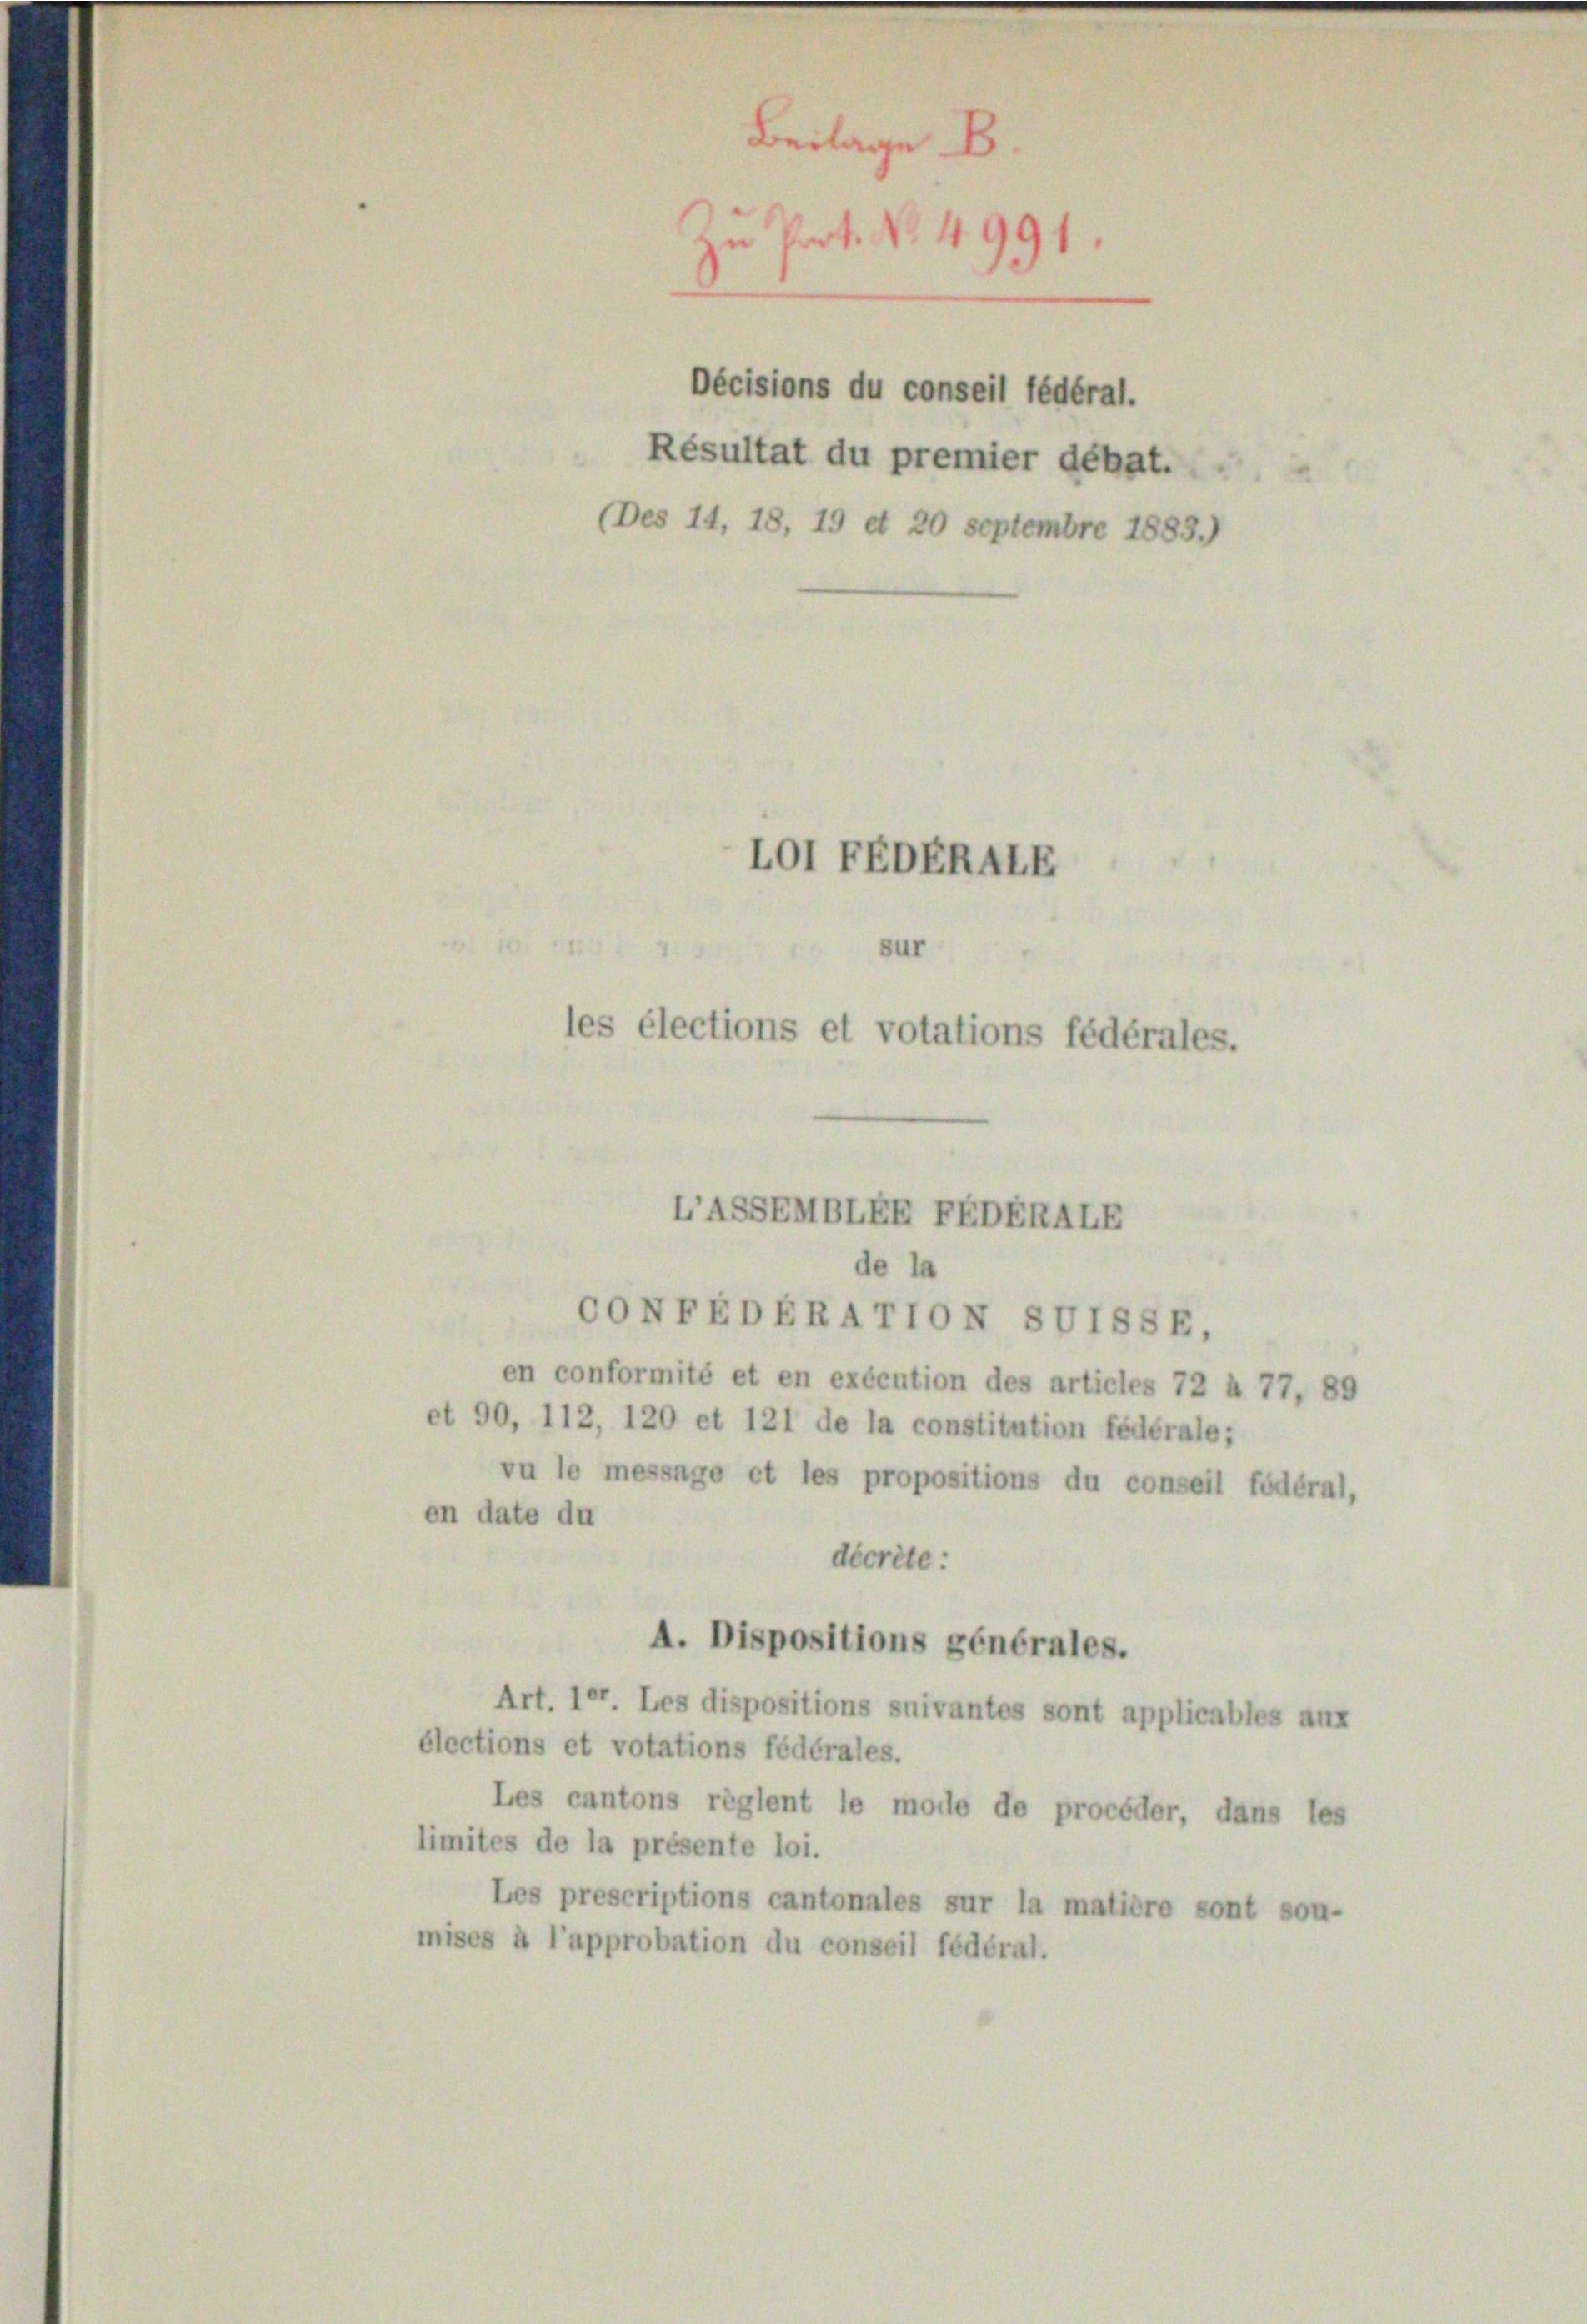
zu Prot. No. 4991.
Décisions du conseil fédéral.
Résultat du premier débat.
(Des 14, 18, 19 et 20 Septembre 1883.)

LOI FEDERALE
sur
les élections et votations fédérales.

CONTEDERATTON SVISSE,
en conformité et en exécution des articles 72 à 77, 89
et 90, 112, 120 et 121 de la constitution fédérale;
vu le message et les propositions du conseil fédéral,
en date du
décrite:
A. Dispositions générales.
Art. 10. Les dispositions suivantes sont applicables aux
élections et votations fédérales.
Les cantons règlent le mode de procéder, dans les
limites de la présente loi.
Les prescriptions cantonales sur la matière sont son-
mises à l’approbation du conseil fédéral.

LASSENBLER FEDERALE
de la